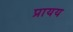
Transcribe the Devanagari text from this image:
प्रायय